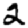
Digit: 2